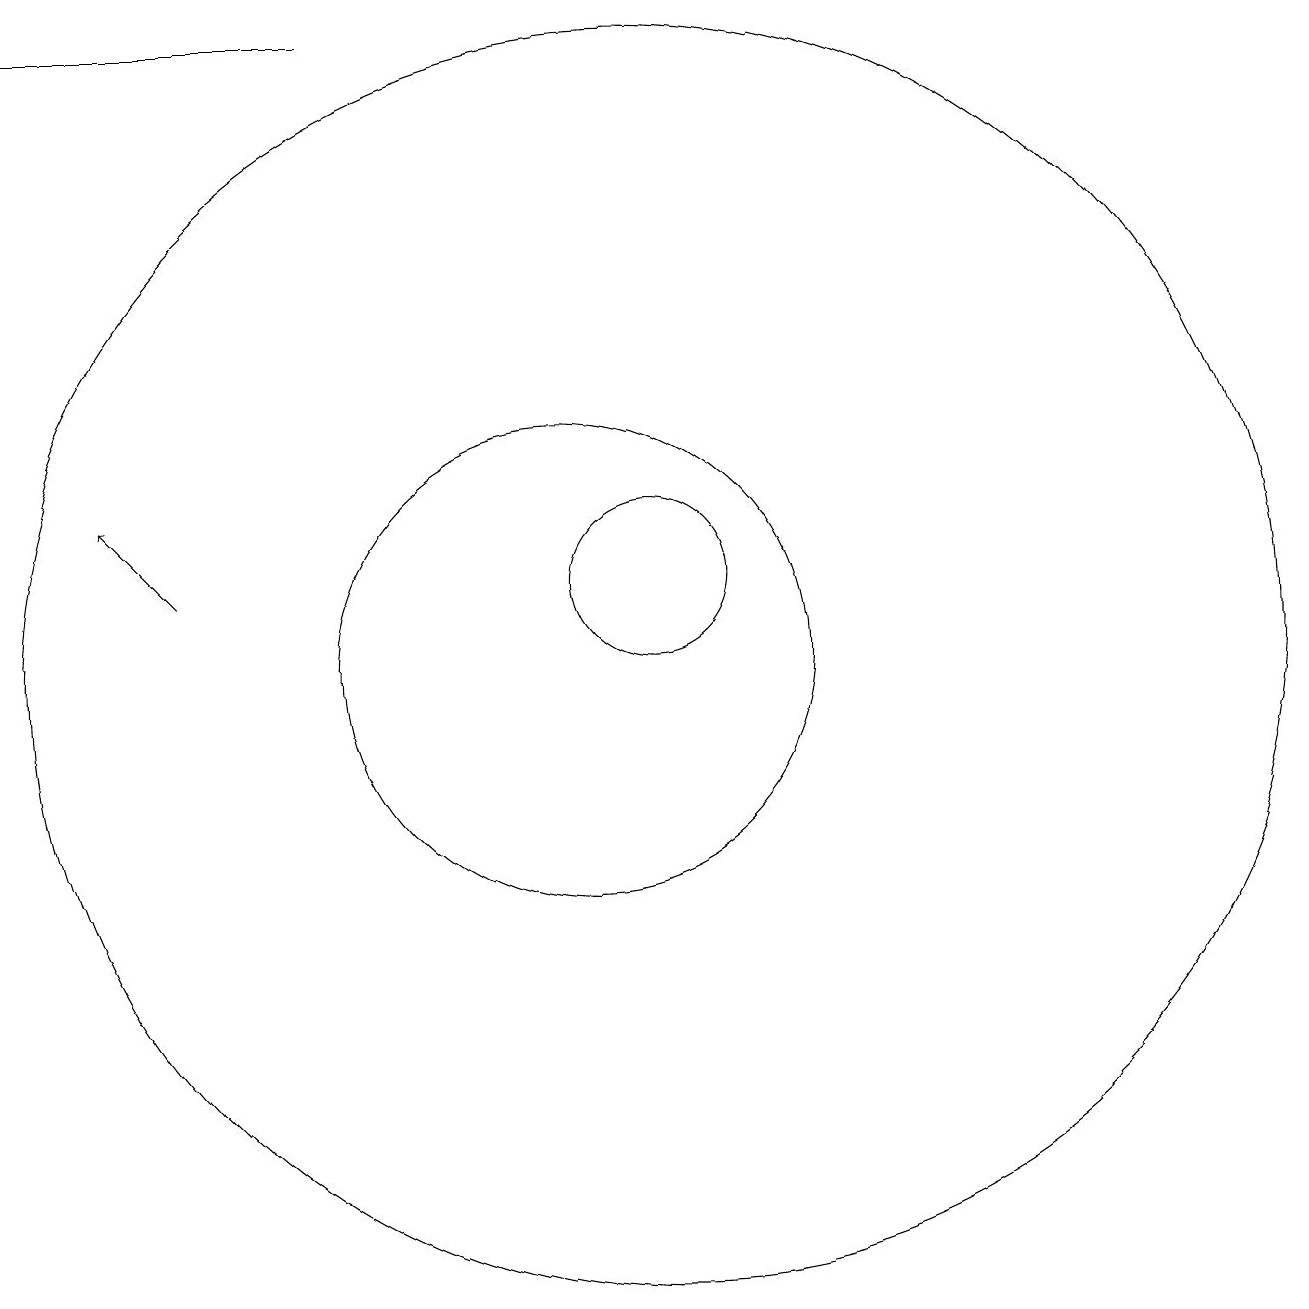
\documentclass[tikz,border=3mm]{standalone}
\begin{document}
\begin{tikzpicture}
\draw (10,10) circle (3);
\draw (11,10) circle (8);
\draw[->] (5,11) -- (4,12);
\draw[->] (7,18) -- (3,18);
\draw (11,11) circle (1);
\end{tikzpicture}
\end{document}